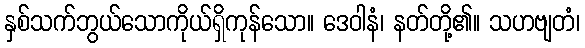
နှစ်သက်ဘွယ်သောကိုယ်ရှိကုန်သော။ ဒေဝါနံ၊ နတ်တို့၏။ သဟဗျတံ၊